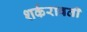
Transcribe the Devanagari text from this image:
शर्करावती